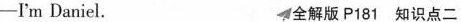
-I'm Daniel. 4全解版P181 知识点二